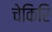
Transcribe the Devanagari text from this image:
चेकिरि